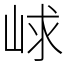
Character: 㟈